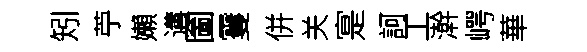
矧苧嬾遘圗䨥併关寔訶工澣崿華